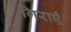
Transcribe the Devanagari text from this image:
गिराएँ